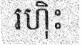
រហ៊ិះ